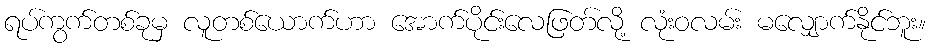
ရပ်ကွက်တစ်ခုမှ လူတစ်ယောက်ဟာ အောက်ပိုင်းလေဖြတ်လို့ လုံးဝလမ်း မလျှောက်နိုင်ဘူး။